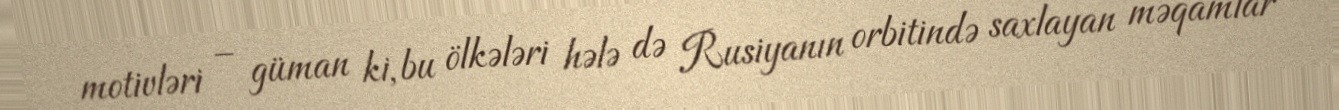
motivləri – güman ki, bu ölkələri hələ də Rusiyanın orbitində saxlayan məqamlar